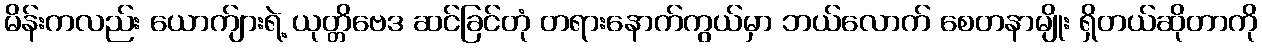
မိန်းကလည်း ယောက်ျားရဲ့ ယုတ္တိဗေဒ ဆင်ခြင်တုံ တရားနောက်ကွယ်မှာ ဘယ်လောက် စေတနာမျိုး ရှိတယ်ဆိုတာကို